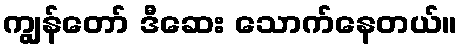
ကျွန်တော် ဒီဆေး သောက်နေတယ်။